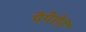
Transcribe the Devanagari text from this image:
पेपेरोने